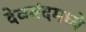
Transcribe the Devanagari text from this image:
देवबंदमध्ये